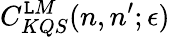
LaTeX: C_{KQS}^{\mathtt{L}M}(n,n^{\prime};\epsilon)